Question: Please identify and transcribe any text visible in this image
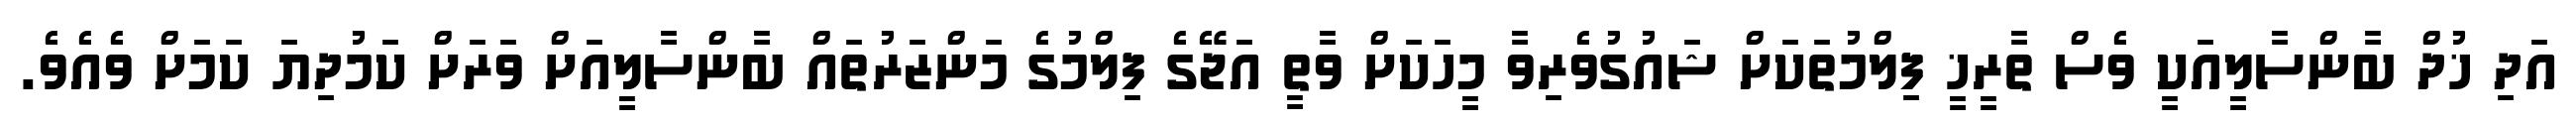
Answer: އަދި ޚުދް ބާންސާލީއަކީ ވެސް ތާރީޚީ ފިލްމުތަކަށް ޝައުގުވެރިވާ މީހަކަށް ވާތީ އަޖޭގެ ފިލްމުގެ މަންޒަރުތައް ބާންސާލީއަށް ވަރަށް ކަމުދިޔަ ކަމަށް ވެއެވެ.